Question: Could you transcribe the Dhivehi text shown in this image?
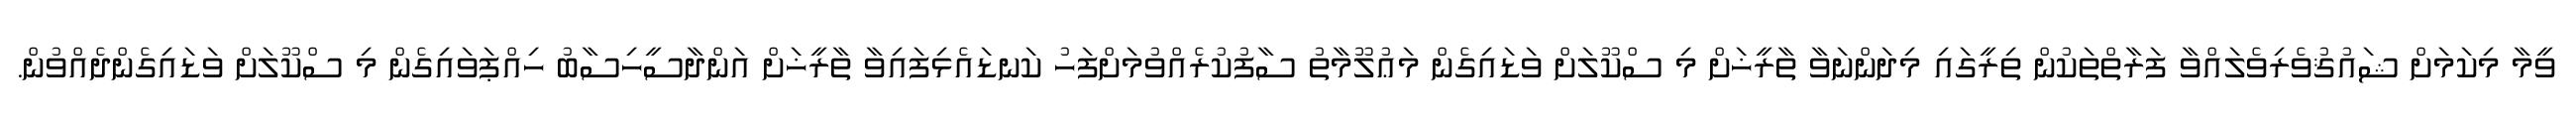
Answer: ވީމާ މިކަމަށް ޝައުޤުވެރިވެލައްވާ ފަރާތްތަކުން ތިރީގައި މިދަންނަވާ ތާރީޚަށް މި ސްކޫލަށް ވަޑައިގެން މަޢުލޫމާތު ސާފުކުރެއްވުމަށްފަހު ކަނޑައެޅިފައިވާ ތާރީޚަށް އަންދާސީހިސާބު ހިއްޕަވައިގެން މި ސްކޫލަށް ވަޑައިގެންދެއްވުން.